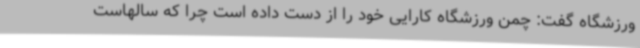
ورزشگاه گفت: چمن ورزشگاه کارایی خود را از دست داده است چرا که سالهاست